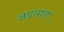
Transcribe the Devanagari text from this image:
अळ्यांना